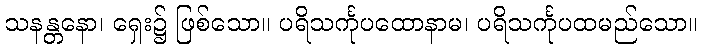
သနန္တနော၊ ရှေး၌ ဖြစ်သော။ ပရိသင်္ကုပထောနာမ၊ ပရိသင်္ကုပထမည်သော။